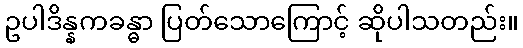
ဥပါဒိန္နကခန္ဓာ ပြတ်သောကြောင့် ဆိုပါသတည်း။